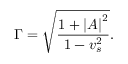
\Gamma = { \sqrt { \frac { 1 + { \left| { \cal A } \right| } ^ { 2 } } { 1 - v _ { s } ^ { 2 } } } } .